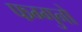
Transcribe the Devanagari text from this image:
फग्गुनो